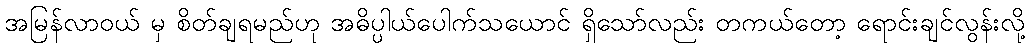
အမြန်လာဝယ် မှ စိတ်ချရမည်ဟု အဓိပ္ပါယ်ပေါက်သယောင် ရှိသော်လည်း တကယ်တော့ ရောင်းချင်လွန်းလို့